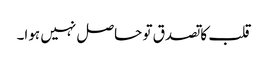
قلب کا تصدق تو حاصل نہیں ہوا۔